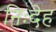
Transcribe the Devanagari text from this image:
निःदेह